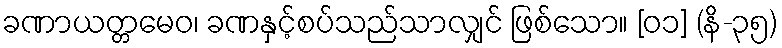
ခဏာယတ္တမေဝ၊ ခဏနှင့်စပ်သည်သာလျှင် ဖြစ်သော။ [၀၁] (နိ-၃၅)